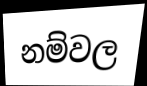
නම්වල